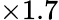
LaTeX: \times 1.7